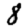
Digit: 8